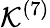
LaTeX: \mathcal{K}^{(7)}